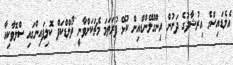
އެލެޑައިސްގެ އިރުޝާދުގެ ދަށުން އިންގްލޭންޑްއިން ކުޅޭ ފުރަތަމަ މެޗަކަށްވާނީ ވޯލްޑްކަޕް ކޮލިފައިންގައި ސްލޮވާކިއާ